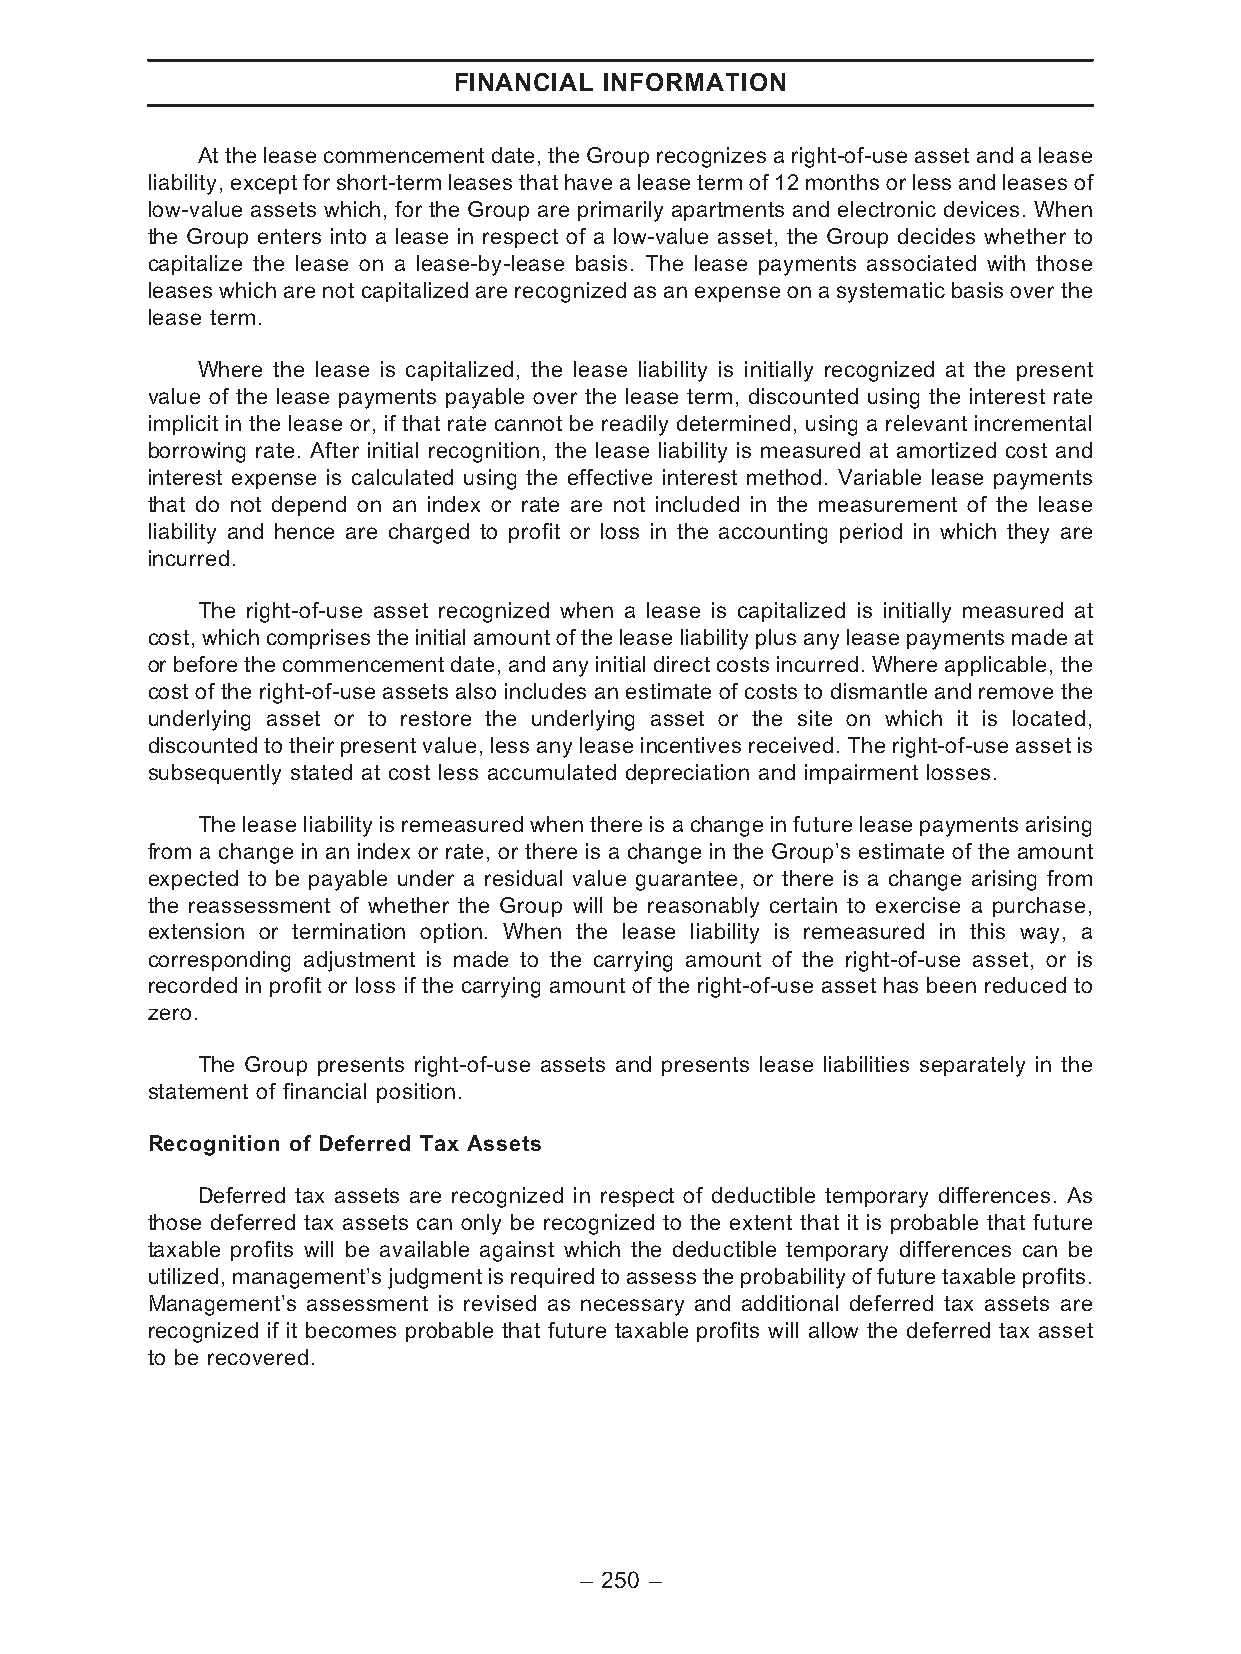
FINANCIAL INFORMATION
 At the lease commencement date, the Group recognizes a right-of-use asset and a lease
 liability,exceptforshort-termleasesthathavealeasetermof12monthsorlessandleasesof
 low-value assets which, for the Group are primarily apartments and electronic devices. When
 the Group enters into a lease in respect of a low-value asset, the Group decides whether to
 capitalize the lease on a lease-by-lease basis. The lease payments associated with those
 leases which are not capitalized are recognized as an expense on a systematic basis over the
 lease term.
 Where the lease is capitalized, the lease liability is initially recognized at the present
 value of the lease payments payable over the lease term, discounted using the interest rate
 implicit in the lease or, if that rate cannot be readily determined, using a relevant incremental
 borrowing rate. After initial recognition, the lease liability is measured at amortized cost and
 interest expense is calculated using the effective interest method. Variable lease payments
 that do not depend on an index or rate are not included in the measurement of the lease
 liability and hence are charged to profit or loss in the accounting period in which they are
 incurred.
 The right-of-use asset recognized when a lease is capitalized is initially measured at
 cost, whichcomprisestheinitialamount of the lease liabilityplusanyleasepaymentsmade at
 or before the commencement date, and anyinitial direct costs incurred. Where applicable, the
 cost of the right-of-use assets also includes an estimate of costs to dismantle and remove the
 underlying asset or to restore the underlying asset or the site on which it is located,
 discountedtotheirpresentvalue,lessanyleaseincentivesreceived.Theright-of-useassetis
 subsequently stated at cost less accumulated depreciation and impairment losses.
 The lease liability is remeasured when there is a change in future lease payments arising
 from a change in an index or rate, or there is a change in the Group’s estimate of the amount
 expected to be payable under a residual value guarantee, or there is a change arising from
 the reassessment of whether the Group will be reasonably certain to exercise a purchase,
 extension or termination option. When the lease liability is remeasured in this way, a
 corresponding adjustment is made to the carrying amount of the right-of-use asset, or is
 recorded in profit or loss if the carrying amount of the right-of-use asset has been reduced to
 zero.
 The Group presents right-of-use assets and presents lease liabilities separately in the
 statement of financial position.
 Recognition of Deferred Tax Assets
 Deferred tax assets are recognized in respect of deductible temporary differences. As
 those deferred tax assets can only be recognized to the extent that it is probable that future
 taxable profits will be available against which the deductible temporary differences can be
 utilized,management’sjudgment isrequired to assessthe probabilityof future taxable profits.
 Management’s assessment is revised as necessary and additional deferred tax assets are
 recognized if it becomes probable that future taxable profits will allow the deferred tax asset
 to be recovered.
 – 250 –